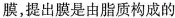
膜，提出膜是由脂质构成的